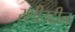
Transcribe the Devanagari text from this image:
रशीउद्दीन